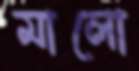
মালো